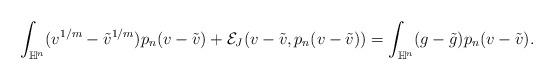
LaTeX: \begin{align*} \begin{aligned} \int_{\mathbb{H}^n}(v^{1/m}-\Tilde{v}^{1/m})p_n(v-\Tilde{v})+\mathcal{E}_J(v-\Tilde{v},p_n(v-\Tilde{v}))=\int_{\mathbb{H}^n}(g-\Tilde{g})p_n(v-\Tilde{v}). \end{aligned} \end{align*}